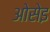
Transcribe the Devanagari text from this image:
ओसेइ